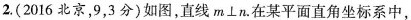
2.(2016北京，9，3分)如图，直线m⊥n。在某平面直角坐标系中，